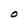
Character: O